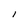
Character: l